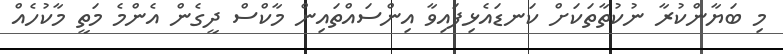
މި ބަޔާންކުރާ ނުކުތާތަކަށް ކަނޑައެޅިފައިވާ އިންސައްތައިން މާކްސް ދީގެން އެންމެ މަތީ މާކުހެއް